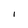
Character: I